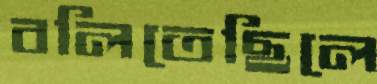
বলিতেছিলে